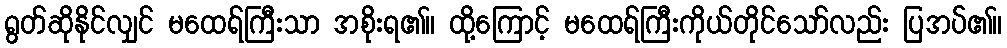
ရွတ်ဆိုနိုင်လျှင် မထေရ်ကြီးသာ အစိုးရ၏။ ထို့ကြောင့် မထေရ်ကြီးကိုယ်တိုင်သော်လည်း ပြအပ်၏။